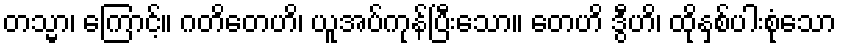
တသ္မာ၊ ကြောင့်။ ဂတိတေဟိ၊ ယူအပ်ကုန်ပြီးသော။ တေဟိ ဒွီဟိ၊ ထိုနှစ်ပါးစုံသော